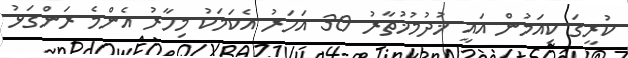
ކުރީގަ ކިއަމުން އައީ ޚުދުމުޚުތާރު 30 އަހަރު އެކަމަކު މިހާރު އެންމެ ރަންގަޅު